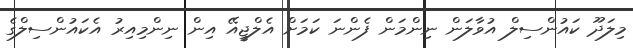
މިލަދޫ ކައުންސިލް އުވާލަން ނިންމަން ފެންނަ ކަމަށް އެލްޖީއޭ އިން ނިންމިއިރު އެކައުންސިލްގެ